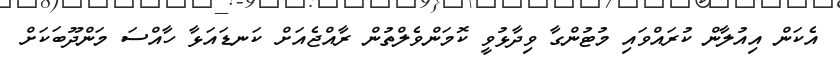
އެކަން އިއުލާން ކުރައްވައި މުޓުންގާ ވިދާޅުވީ ކޮމަންވެލްތުން ރާއްޖެއަށް ކަނޑައަޅާ ހާއްސަ މަންދޫބަކަށް